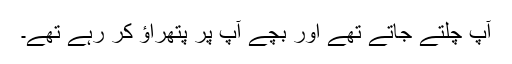
آپؐ چلتے جاتے تھے اور بچے آپؐ پر پتھراؤ کر رہے تھے۔